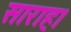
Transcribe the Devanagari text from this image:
साराह।